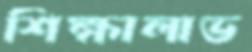
শিক্ষালাভ